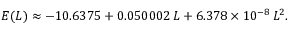
\begin{array} { r } { E ( L ) \approx - 1 0 . 6 3 7 5 + 0 . 0 5 0 0 0 2 \, L + 6 . 3 7 8 \times 1 0 ^ { - 8 } \, L ^ { 2 } . } \end{array}